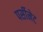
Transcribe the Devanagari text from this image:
पर्सीनेट